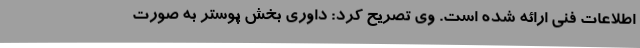
اطلاعات فنی ارائه شده است. وی تصریح کرد: داوری بخش پوستر به صورت